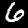
Digit: 6